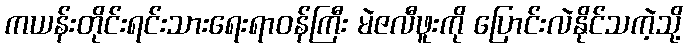
ကယန်းတိုင်းရင်းသားရေးရာဝန်ကြီး မဲဇလီဖူးကို ပြောင်းလဲနိုင်သကဲ့သို့